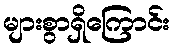
များစွာရှိကြောင်း